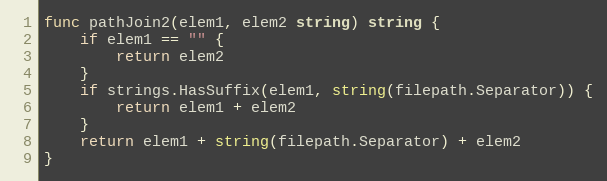
Language: Go
func pathJoin2(elem1, elem2 string) string {
	if elem1 == "" {
		return elem2
	}
	if strings.HasSuffix(elem1, string(filepath.Separator)) {
		return elem1 + elem2
	}
	return elem1 + string(filepath.Separator) + elem2
}